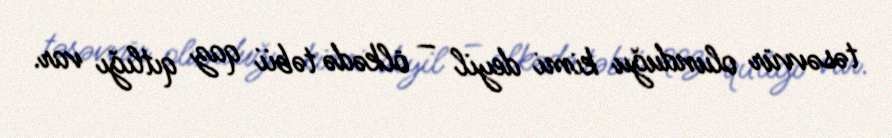
təsəvvür olunduğu kimi deyil – ölkədə təbii qaz qıtlığı var.